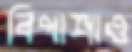
বিপাশাও